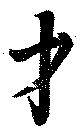
才